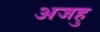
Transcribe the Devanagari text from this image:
अजहु